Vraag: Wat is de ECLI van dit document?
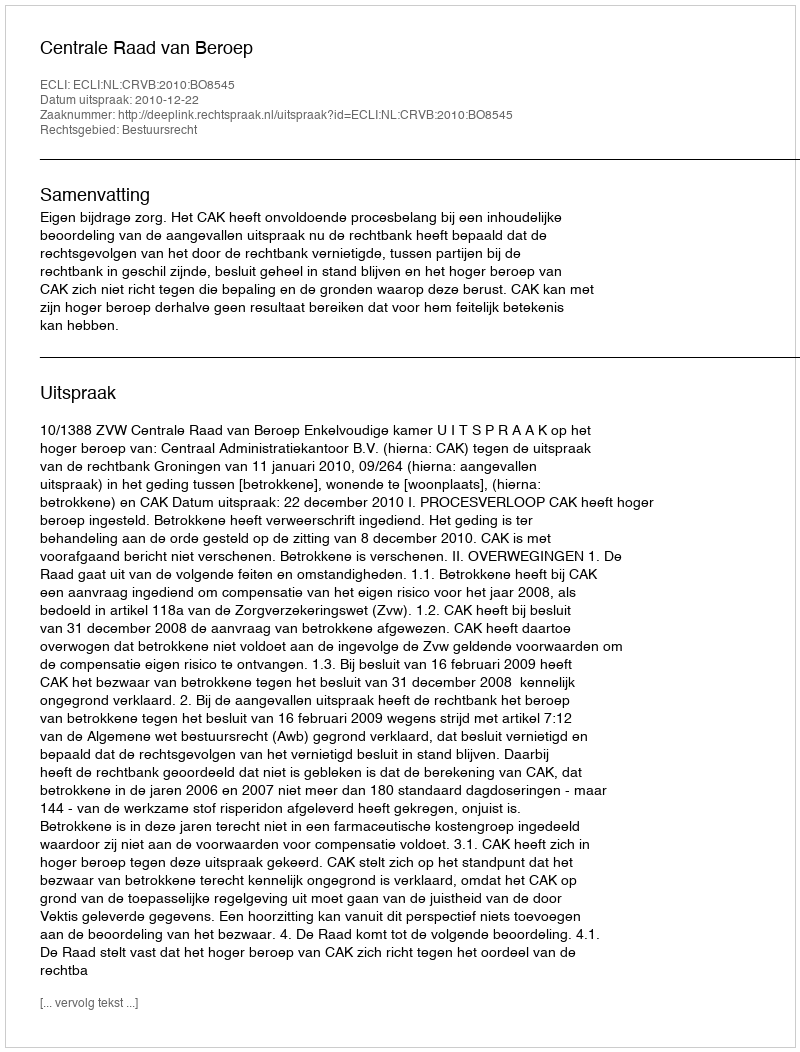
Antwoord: ECLI:NL:CRVB:2010:BO8545